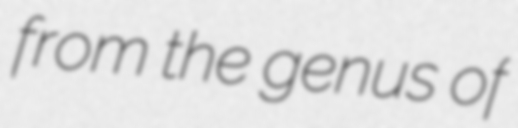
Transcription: from the genus of